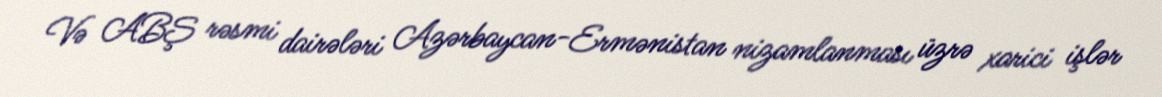
Və ABŞ rəsmi dairələri Azərbaycan-Ermənistan nizamlanması üzrə xarici işlər